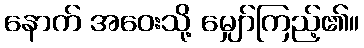
နောက် အဝေးသို့ မျှော်ကြည့်၏။